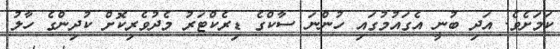
ކަމަށެވެ. އަދި ބުނީ އެގައުމުގައި ހުންްނަ ސާކްގެ ޑިރެކްޓަރު މެދުވެރިކޮށް ކުދިންގެ ހާލު